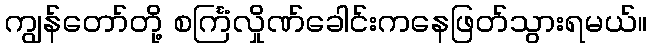
ကျွန်တော်တို့ စင်္ကြံလှိုဏ်ခေါင်းကနေဖြတ်သွားရမယ်။